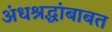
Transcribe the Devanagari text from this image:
अंधश्रद्धांबाबत